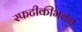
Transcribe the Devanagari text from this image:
स्फटीकीभवन